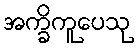
အက္ခိကူပေသု